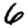
Digit: 6